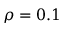
\rho = 0 . 1